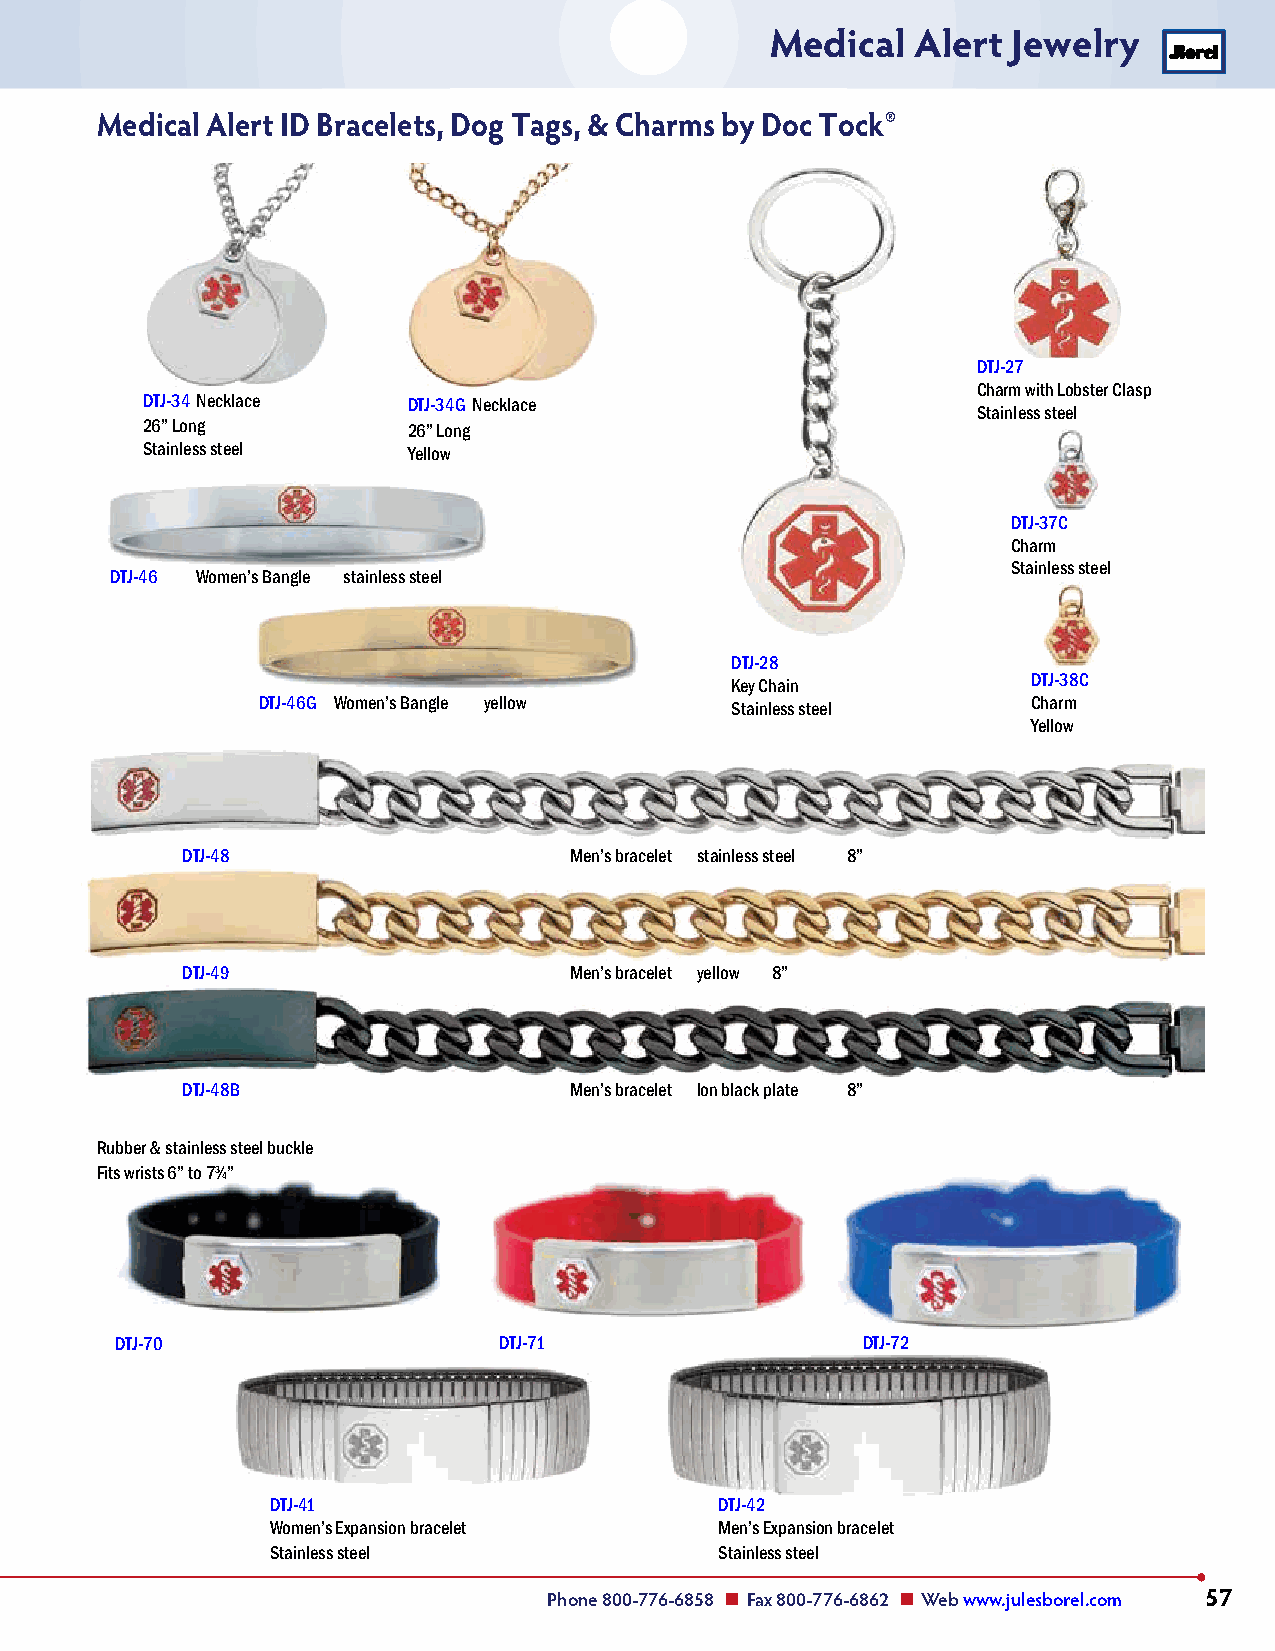
Medical   Alert Jewelry
 Medical Alert ID Bracelets, Dog Tags, & Charms by Doc Tock®
 DTJ-27
 Charm with Lobster Clasp
 DTJ-34 Necklace   DTJ-34G Necklace
 Stainless steel
 26” Long          26” Long
 Stainless steel   Yellow
 DTJ-37C
 Charm
 Stainless steel
 DTJ-46 Women’s Bangle stainless steel
 DTJ-28
 Key Chain           DTJ-38C
 DTJ-46G Women’s Bangle yellow  Stainless steel     Charm
 Yellow
 DTJ-48                    Men’s bracelet stainless steel 8”
 DTJ-49                    Men’s bracelet yellow 8”
 DTJ-48B                   Men’s bracelet Ion black plate 8”
 Rubber & stainless steel buckle
 Fits wrists 6” to 73⁄4”
 DTJ-70                   DTJ-71                  DTJ-72
 DTJ-41                        DTJ-42
 Women’s Expansion bracelet    Men’s Expansion bracelet
 Stainless steel               Stainless steel
 Phone 800-776-6858 n Fax 800-776-6862 n Web www.julesborel.com 57